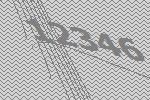
12346